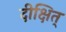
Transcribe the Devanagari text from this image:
दीक्षित्